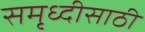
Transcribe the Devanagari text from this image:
समृध्दीसाठी